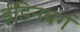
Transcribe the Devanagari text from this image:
ईडिनबर्ग